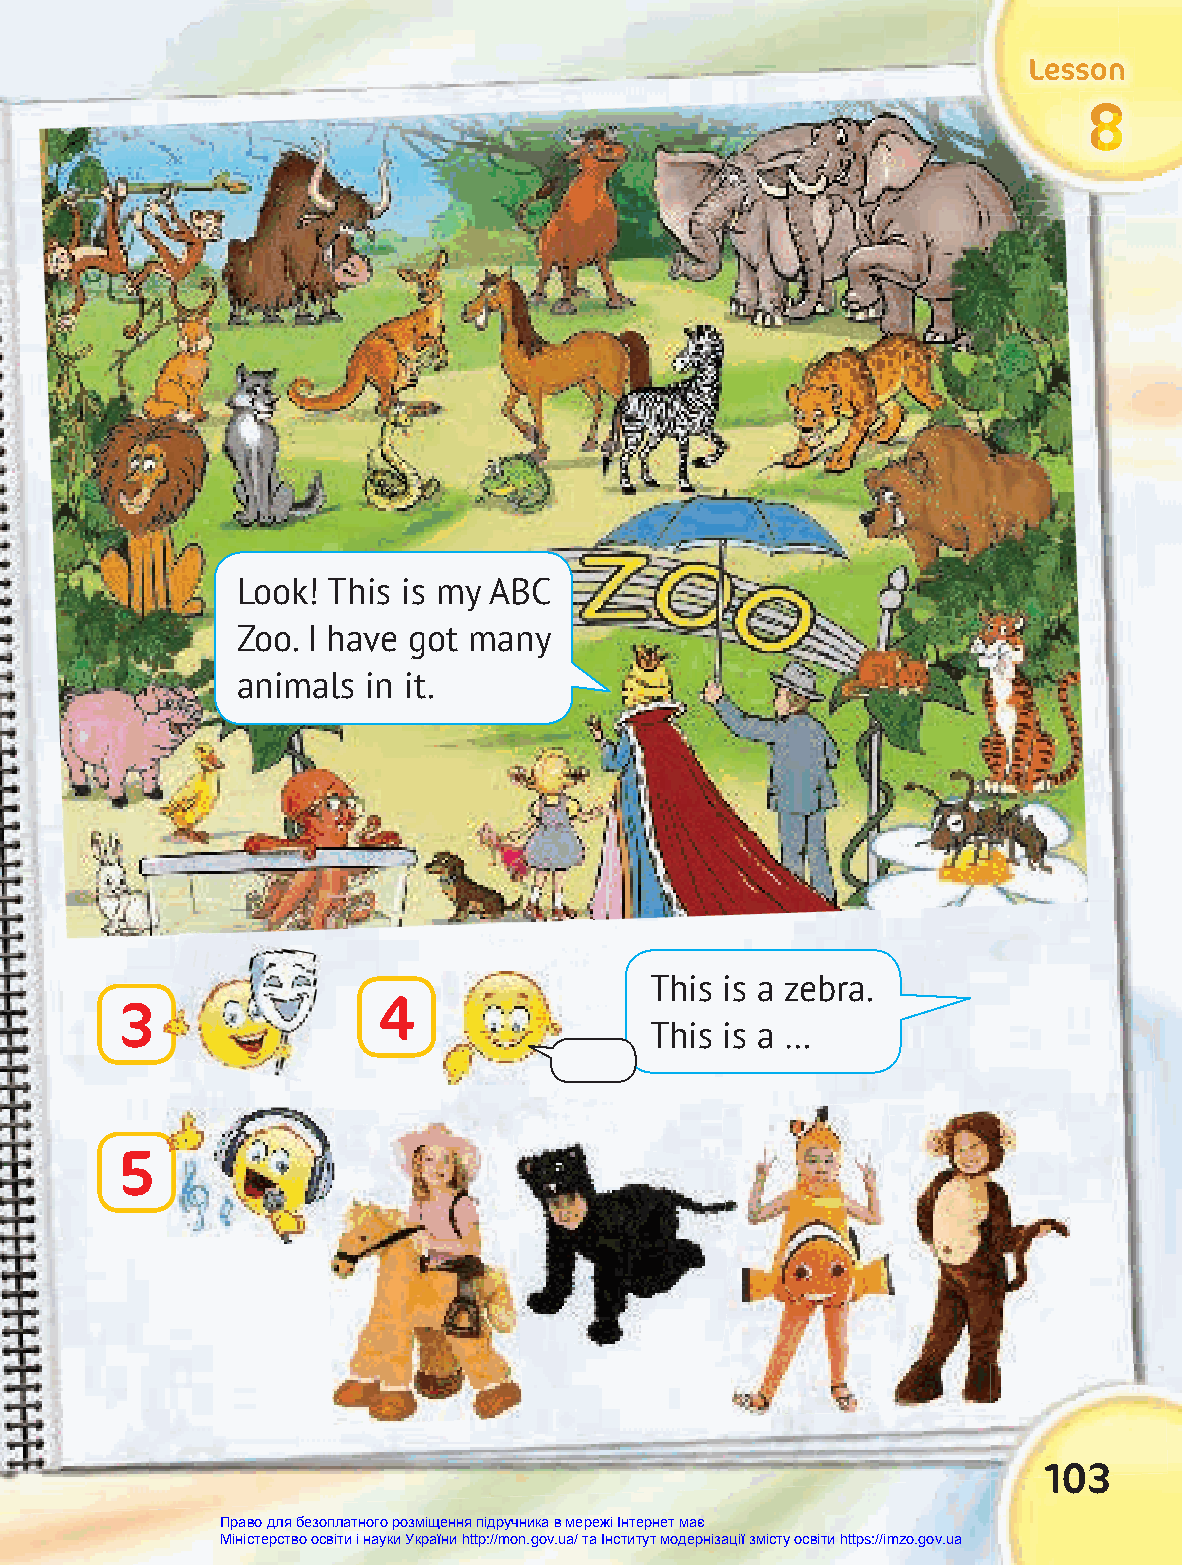
LLLLLLeeeeeessssssssssssoooooonnnnnn
 888888
 Look! This is my ABC
 Zoo. I have got many
 animals in it.
 This is a zebra.
 4
 3
 This is a …
 5
 103
 Право для безоплатного розміщення підручника в мережі Інтернет має
 Міністерство освіти і науки України http://mon.gov.ua/ та Інститут модернізації змісту освіти https://imzo.gov.ua